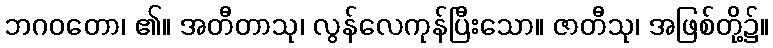
ဘဂဝတော၊ ၏။ အတီတာသု၊ လွန်လေကုန်ပြီးသော။ ဇာတီသု၊ အဖြစ်တို့၌။